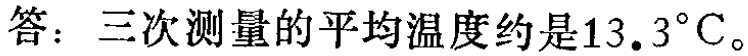
答：三次测量的平均温度约是\(13.3^{\circ}\text{C}\)。